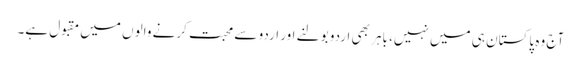
آج وہ پاکستان ہی میں نہیں، باہر بھی اردو بولنے اور اردو سے محبت کرنے والوں میں مقبول ہے۔